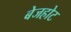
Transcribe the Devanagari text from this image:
बेजहोट